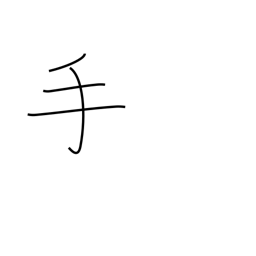
Meaning: hand